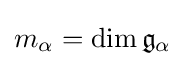
m_{\alpha }=\dim {\mathfrak {g}}_{\alpha }